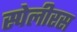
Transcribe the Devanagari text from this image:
स्पेलीरस